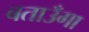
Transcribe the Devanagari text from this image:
बताउँगा